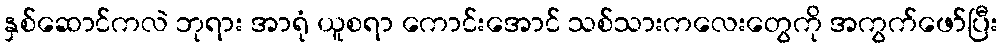
နှစ်ဆောင်ကလဲ ဘုရား အာရုံ ယူစရာ ကောင်းအောင် သစ်သားကလေးတွေကို အကွက်ဖော်ပြီး